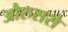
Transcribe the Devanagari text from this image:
औरुससे